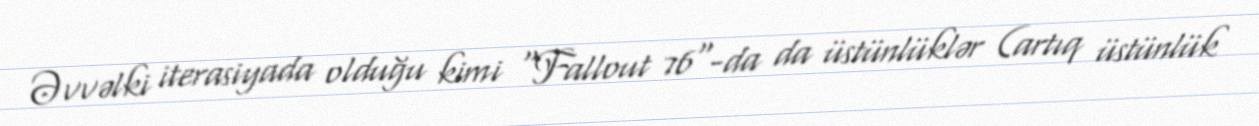
Əvvəlki iterasiyada olduğu kimi "Fallout 76"-da da üstünlüklər (artıq üstünlük